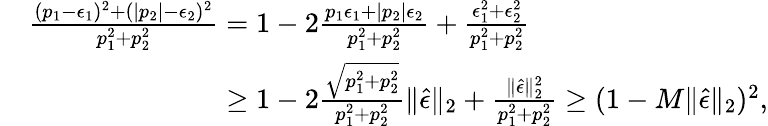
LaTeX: \begin{array}{rl}&{\frac{(p_{1}-\epsilon_{1})^{2}+(\vert p_{2}\vert-\epsilon_{2})^{2}}{p_{1}^{2}+p_{2}^{2}}=1-2\frac{p_{1}\epsilon_{1}+\vert p_{2}\vert\epsilon_{2}}{p_{1}^{2}+p_{2}^{2}}+\frac{\epsilon_{1}^{2}+\epsilon_{2}^{2}}{p_{1}^{2}+p_{2}^{2}}}\\ &{\phantom{\frac{(p_{1}-\epsilon_{1})^{2}+(\vert p_{2}\vert-\epsilon_{2})^{2}}{p_{1}^{2}+p_{2}^{2}}}\geq 1-2\frac{\sqrt{p_{1}^{2}+p_{2}^{2}}}{p_{1}^{2}+p_{2}^{2}}\Vert\widehat{\epsilon}\Vert_{2}+\frac{\Vert\widehat{\epsilon}\Vert_{2}^{2}}{p_{1}^{2}+p_{2}^{2}}\geq(1-M\Vert\widehat{\epsilon}\Vert_{2})^{2},}\end{array}